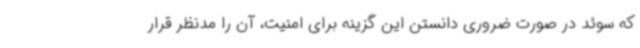
که سوئد در صورت ضروری دانستن این گزینه برای امنیت، آن را مدنظر قرار